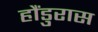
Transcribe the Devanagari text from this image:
हौंडुरास